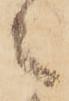
之